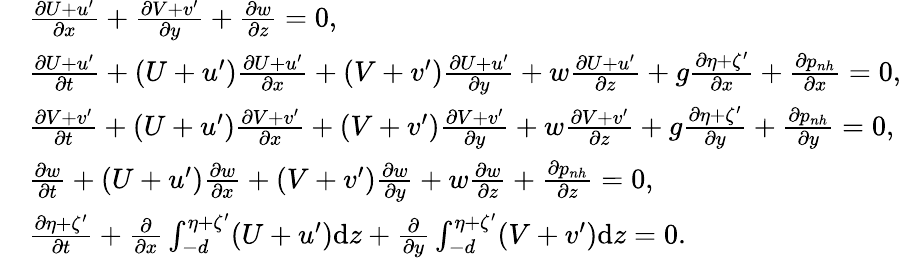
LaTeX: \begin{array}{rl}&{\frac{\partial U+u^{\prime}}{\partial x}+\frac{\partial V+v^{\prime}}{\partial y}+\frac{\partial w}{\partial z}=0,}\\ &{\frac{\partial U+u^{\prime}}{\partial t}+(U+u^{\prime})\frac{\partial U+u^{\prime}}{\partial x}+(V+v^{\prime})\frac{\partial U+u^{\prime}}{\partial y}+w\frac{\partial U+u^{\prime}}{\partial z}+g\frac{\partial\eta+\zeta^{\prime}}{\partial x}+\frac{\partial p_{nh}}{\partial x}=0,}\\ &{\frac{\partial V+v^{\prime}}{\partial t}+(U+u^{\prime})\frac{\partial V+v^{\prime}}{\partial x}+(V+v^{\prime})\frac{\partial V+v^{\prime}}{\partial y}+w\frac{\partial V+v^{\prime}}{\partial z}+g\frac{\partial\eta+\zeta^{\prime}}{\partial y}+\frac{\partial p_{nh}}{\partial y}=0,}\\ &{\frac{\partial w}{\partial t}+(U+u^{\prime})\frac{\partial w}{\partial x}+(V+v^{\prime})\frac{\partial w}{\partial y}+w\frac{\partial w}{\partial z}+\frac{\partial p_{nh}}{\partial z}=0,}\\ &{\frac{\partial\eta+\zeta^{\prime}}{\partial t}+\frac{\partial}{\partial x}\int_{-d}^{\eta+\zeta^{\prime}}(U+u^{\prime})\mathrm{d}z+\frac{\partial}{\partial y}\int_{-d}^{\eta+\zeta^{\prime}}(V+v^{\prime})\mathrm{d}z=0.}\end{array}